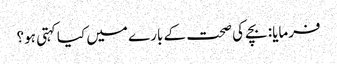
فرمایا: بچے کی صحت کے بارے میں کیا کہتی ہو؟